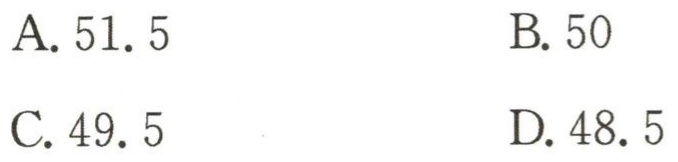
A. \(51.5\)
B. \(50\)
C. \(49.5\)
D. \(48.5\)